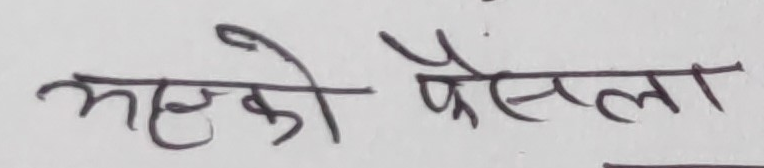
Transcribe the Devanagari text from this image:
आजको फैसला